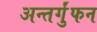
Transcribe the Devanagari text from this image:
अन्तर्गुंफन